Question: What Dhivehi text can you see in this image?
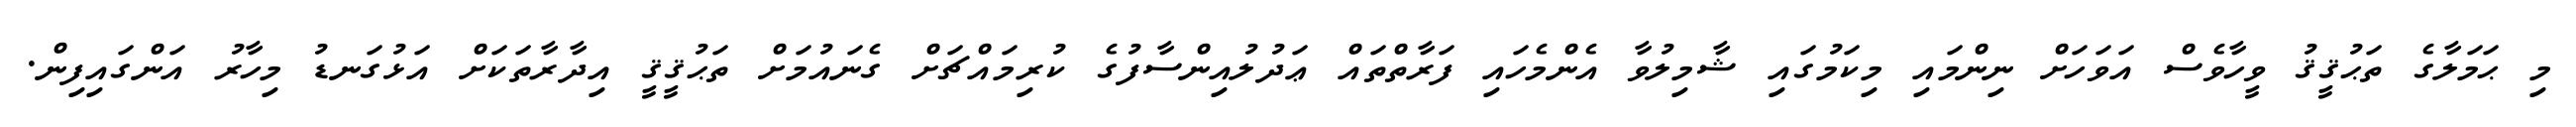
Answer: މި ޙަމަލާގެ ތަޙުޤީޤު ވީހާވެސް އަވަހަށް ނިންމައި މިކަމުގައި ޝާމިލުވާ އެންމެހައި ފަރާތްތައް ޢަދުލުއިންސާފުގެ ކުރިމައްޗަށް ގެނައުމަށް ތަޙުޤީޤީ އިދާރާތަކަށް އަޅުގަނޑު މިހާރު އަންގައިފިން.